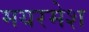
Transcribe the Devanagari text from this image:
मयरमेश